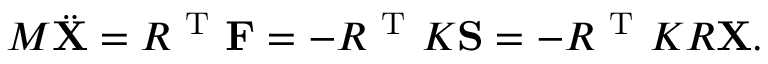
M \ddot { \mathbf { X } } = R ^ { \mathrm { ~ T ~ } } \mathbf { F } = - R ^ { \mathrm { ~ T ~ } } K \mathbf { S } = - R ^ { \mathrm { ~ T ~ } } K R \mathbf { X } .